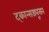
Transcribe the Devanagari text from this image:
ट्कान्सड्यूसर